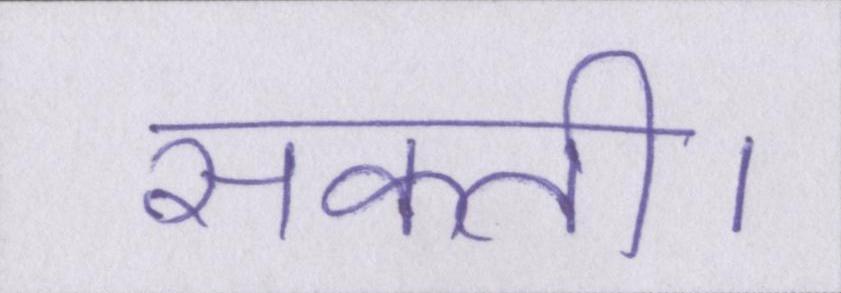
सकती।